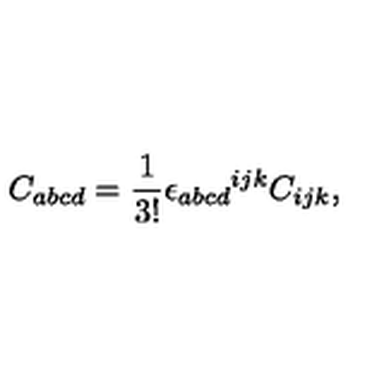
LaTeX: C _ { a b c d } = \frac { 1 } { 3 ! } { \epsilon _ { a b c d } } ^ { i j k } C _ { i j k } ,